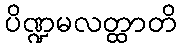
ပိဏ္ဍမလတ္ထာတိ